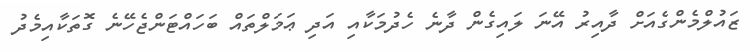
ޒައުލްމެންގެއަށް ދާއިރު އޭނަ ލައިގެން ދާނެ ހެދުމަކާއި އަދި ޢަމަލްތައް ބަހައްޓަންޖެހޭނެ ގޮތަކާއިމެދު